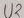
Text: U2